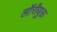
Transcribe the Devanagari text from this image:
लॉरीयुक्त